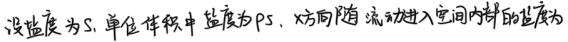
设盐度为$S$, 单位体积中盐度为$\rho S$, $x$方向随流动进入空间内体的盐度为